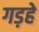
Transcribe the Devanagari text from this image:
गड़हे